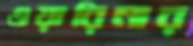
ওয়ারিনার